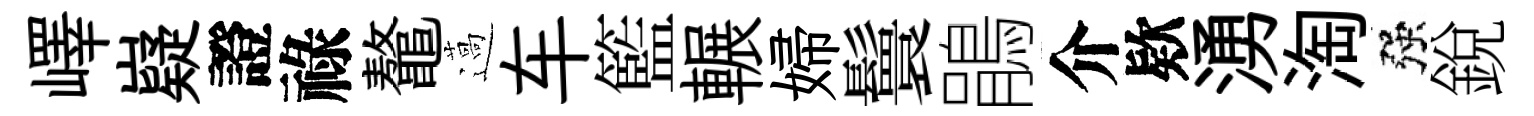
嶧嶷證祿鼇薖车籃輾婦鬟鵑介欵湧淘强銳